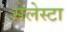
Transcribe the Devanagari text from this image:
सेलेस्टा